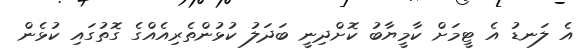
އެ ލަނޑު އެ ޓީމަށް ކާމީޔާބު ކޮށްދިނީ ބަދަލު ކުޅުންތެރިއެއްގެ ގޮތުގައި ކުޅެން